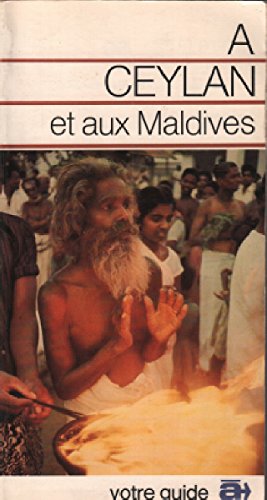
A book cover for A Ceylan et aux Maldives: [guide (Votre guide a) (French Edition); Gaetan Fouquet; Travel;